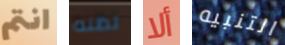
انتم تظنه ألا التنبيه